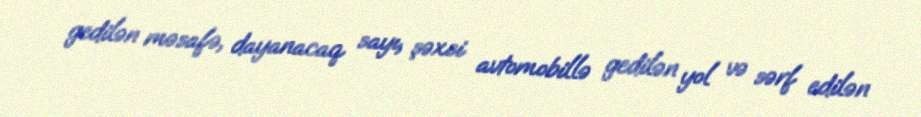
gedilən məsafə, dayanacaq sayı, şəxsi avtomobillə gedilən yol və sərf edilən